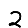
Digit: 2